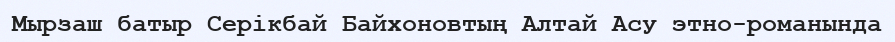
Мырзаш батыр Серікбай Байхоновтың Алтай Асу этно-романында